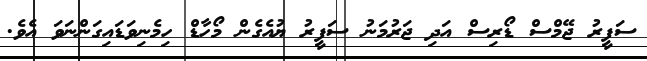
ސަފީރު ޖޭމްސް ޑޯރިސް އަދި ޖަރުމަނު ސަފީރު ޔުއެގެން މޯހާޑް ހިމެނިވަޑައިގަންނަވަ އެވެ.